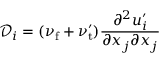
\mathcal { D } _ { i } = ( \nu _ { \mathrm { f } } + \nu _ { \mathrm { t } } ^ { \prime } ) \frac { \partial ^ { 2 } u _ { i } ^ { \prime } } { \partial x _ { j } \partial x _ { j } }